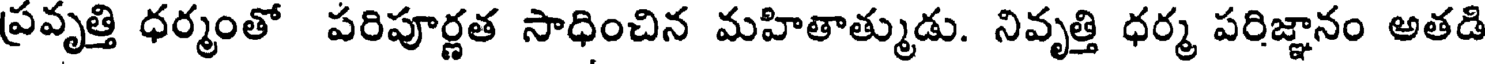
ప్రవృత్తి ధర్మంతో పరిపూర్ణత సాధించిన మహితాత్ముడు. నివృత్తి ధర్మ పరిజ్ఞానం అతడి